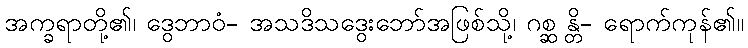
အက္ခရာတို့၏၊ ဒွေဘာဝံ- အသဒိသဒွေးဘော်အဖြစ်သို့၊ ဂစ္ဆ န္တိ- ရောက်ကုန်၏။